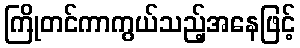
ကြိုတင်ကာကွယ်သည့်အနေဖြင့်